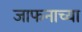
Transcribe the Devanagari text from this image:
जाफनाच्या